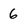
Character: 6